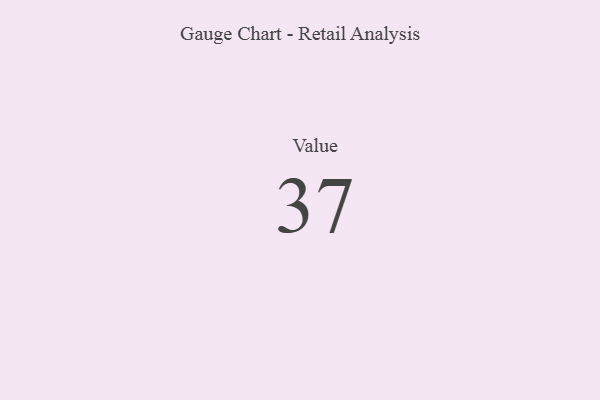
{"axis": {"x": "Metric", "y": "Value"}, "legend": [""], "data": [{"x": "Value", "y": 37, "type": ""}]}